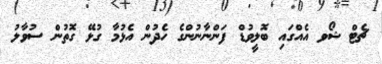
ޗެޓް ޝޯވ އެއްގައި ބޮލީވުޑް ފަންނާނުންގެ ހެދުން އެޅުމާ ގުޅޭ ގޮތުން ސުވާލު